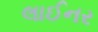
લાઈનર